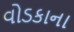
વોડકાના